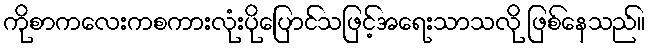
ကိုစာကလေးကစကားလုံးပိုပြောင်သဖြင့်အရေးသာသလို ဖြစ်နေသည်။